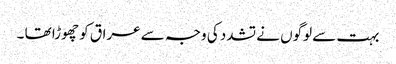
بہت سے لوگوں نے تشدد کی وجہ سے عراق کو چھوڑا تھا ۔